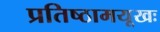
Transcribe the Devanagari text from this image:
प्रतिष्ठामयूखः